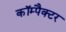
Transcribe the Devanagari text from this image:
कॉम्पैक्टर